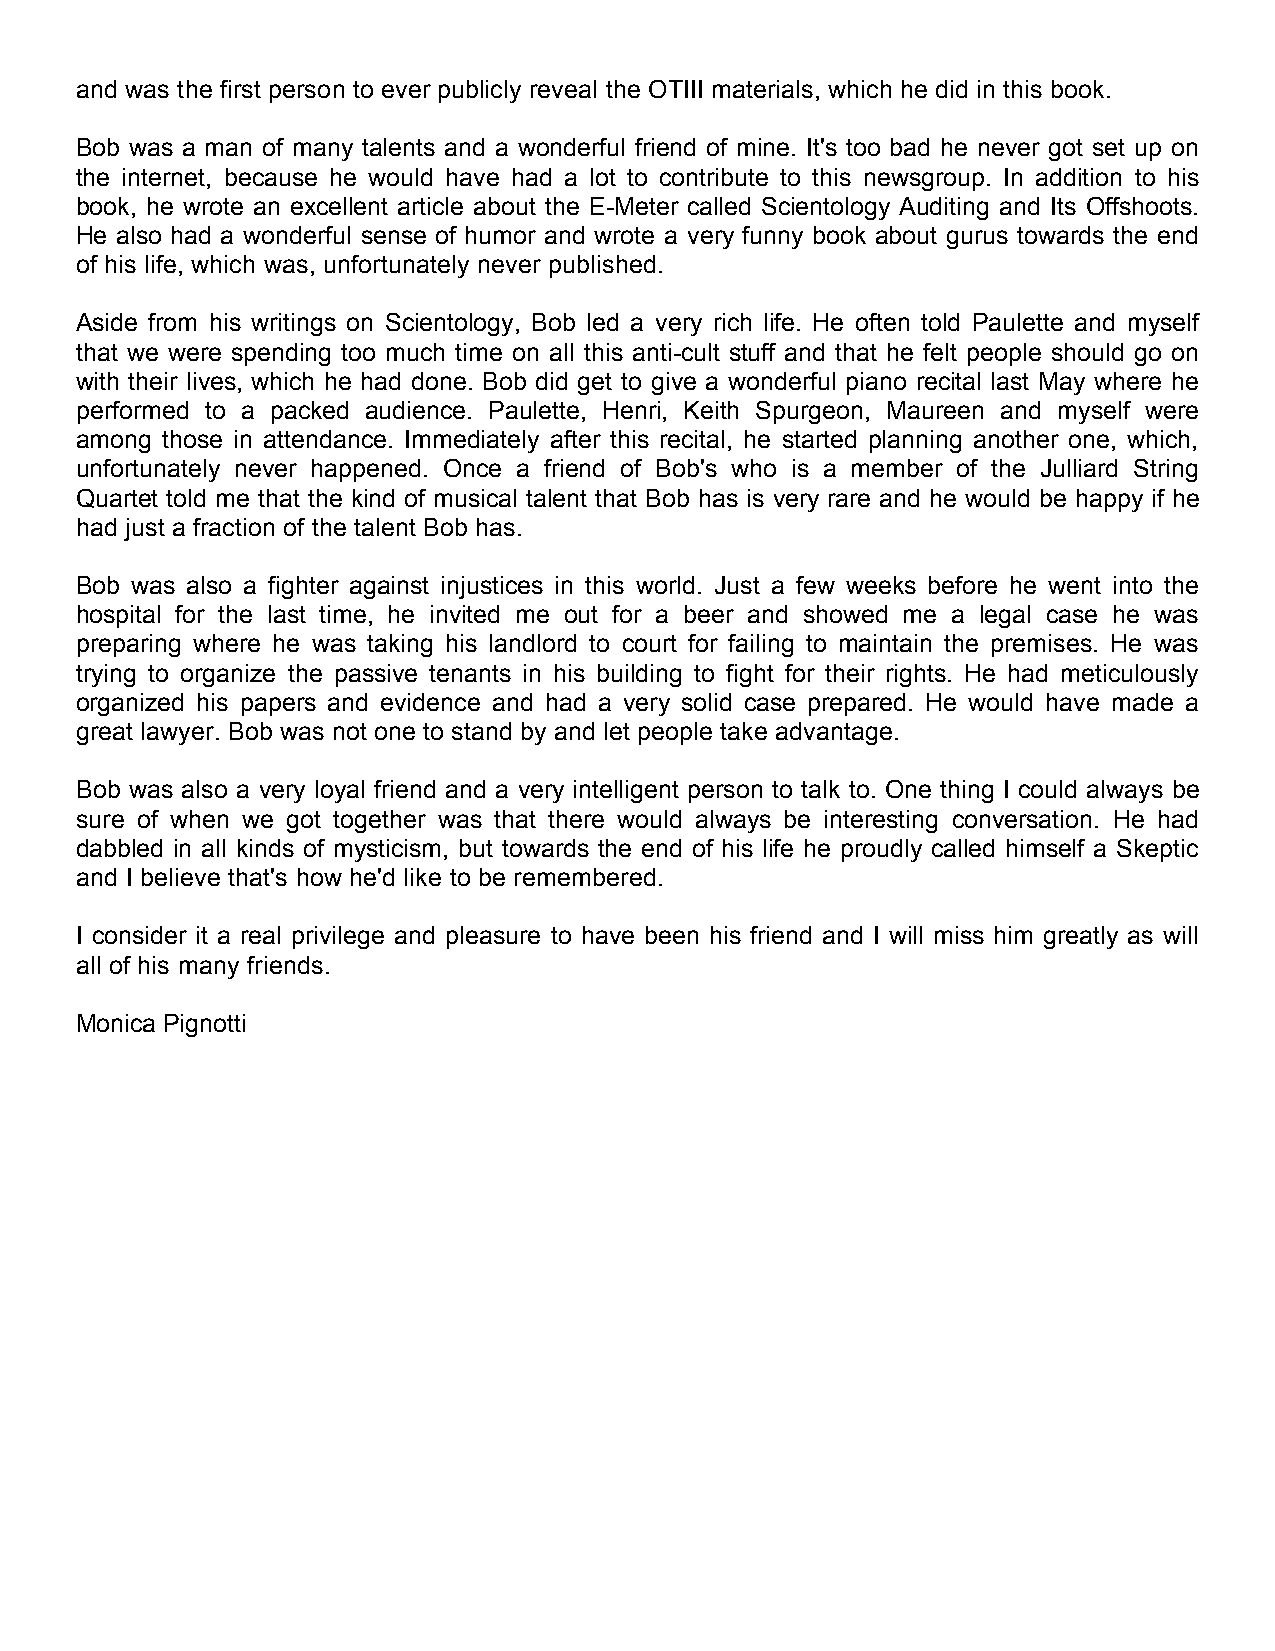
and was the first person to ever publicly reveal the OTIII materials, which he did in this book.
 Bob was a man of many talents and a wonderful friend of mine. It's too bad he never got set up on
 the internet, because he would have had a lot to contribute to this newsgroup. In addition to his
 book, he wrote an excellent article about the E-Meter called Scientology Auditing and Its Offshoots.
 He also had a wonderful sense of humor and wrote a very funny book about gurus towards the end
 of his life, which was, unfortunately never published.
 Aside from his writings on Scientology, Bob led a very rich life. He often told Paulette and myself
 that we were spending too much time on all this anti-cult stuff and that he felt people should go on
 with their lives, which he had done. Bob did get to give a wonderful piano recital last May where he
 performed to a packed audience. Paulette, Henri, Keith Spurgeon, Maureen and myself were
 among those in attendance. Immediately after this recital, he started planning another one, which,
 unfortunately never happened. Once a friend of Bob's who is a member of the Julliard String
 Quartet told me that the kind of musical talent that Bob has is very rare and he would be happy if he
 had just a fraction of the talent Bob has.
 Bob was also a fighter against injustices in this world. Just a few weeks before he went into the
 hospital for the last time, he invited me out for a beer and showed me a legal case he was
 preparing where he was taking his landlord to court for failing to maintain the premises. He was
 trying to organize the passive tenants in his building to fight for their rights. He had meticulously
 organized his papers and evidence and had a very solid case prepared. He would have made a
 great lawyer. Bob was not one to stand by and let people take advantage.
 Bob was also a very loyal friend and a very intelligent person to talk to. One thing I could always be
 sure of when we got together was that there would always be interesting conversation. He had
 dabbled in all kinds of mysticism, but towards the end of his life he proudly called himself a Skeptic
 and I believe that's how he'd like to be remembered.
 I consider it a real privilege and pleasure to have been his friend and I will miss him greatly as will
 all of his many friends.
 Monica Pignotti